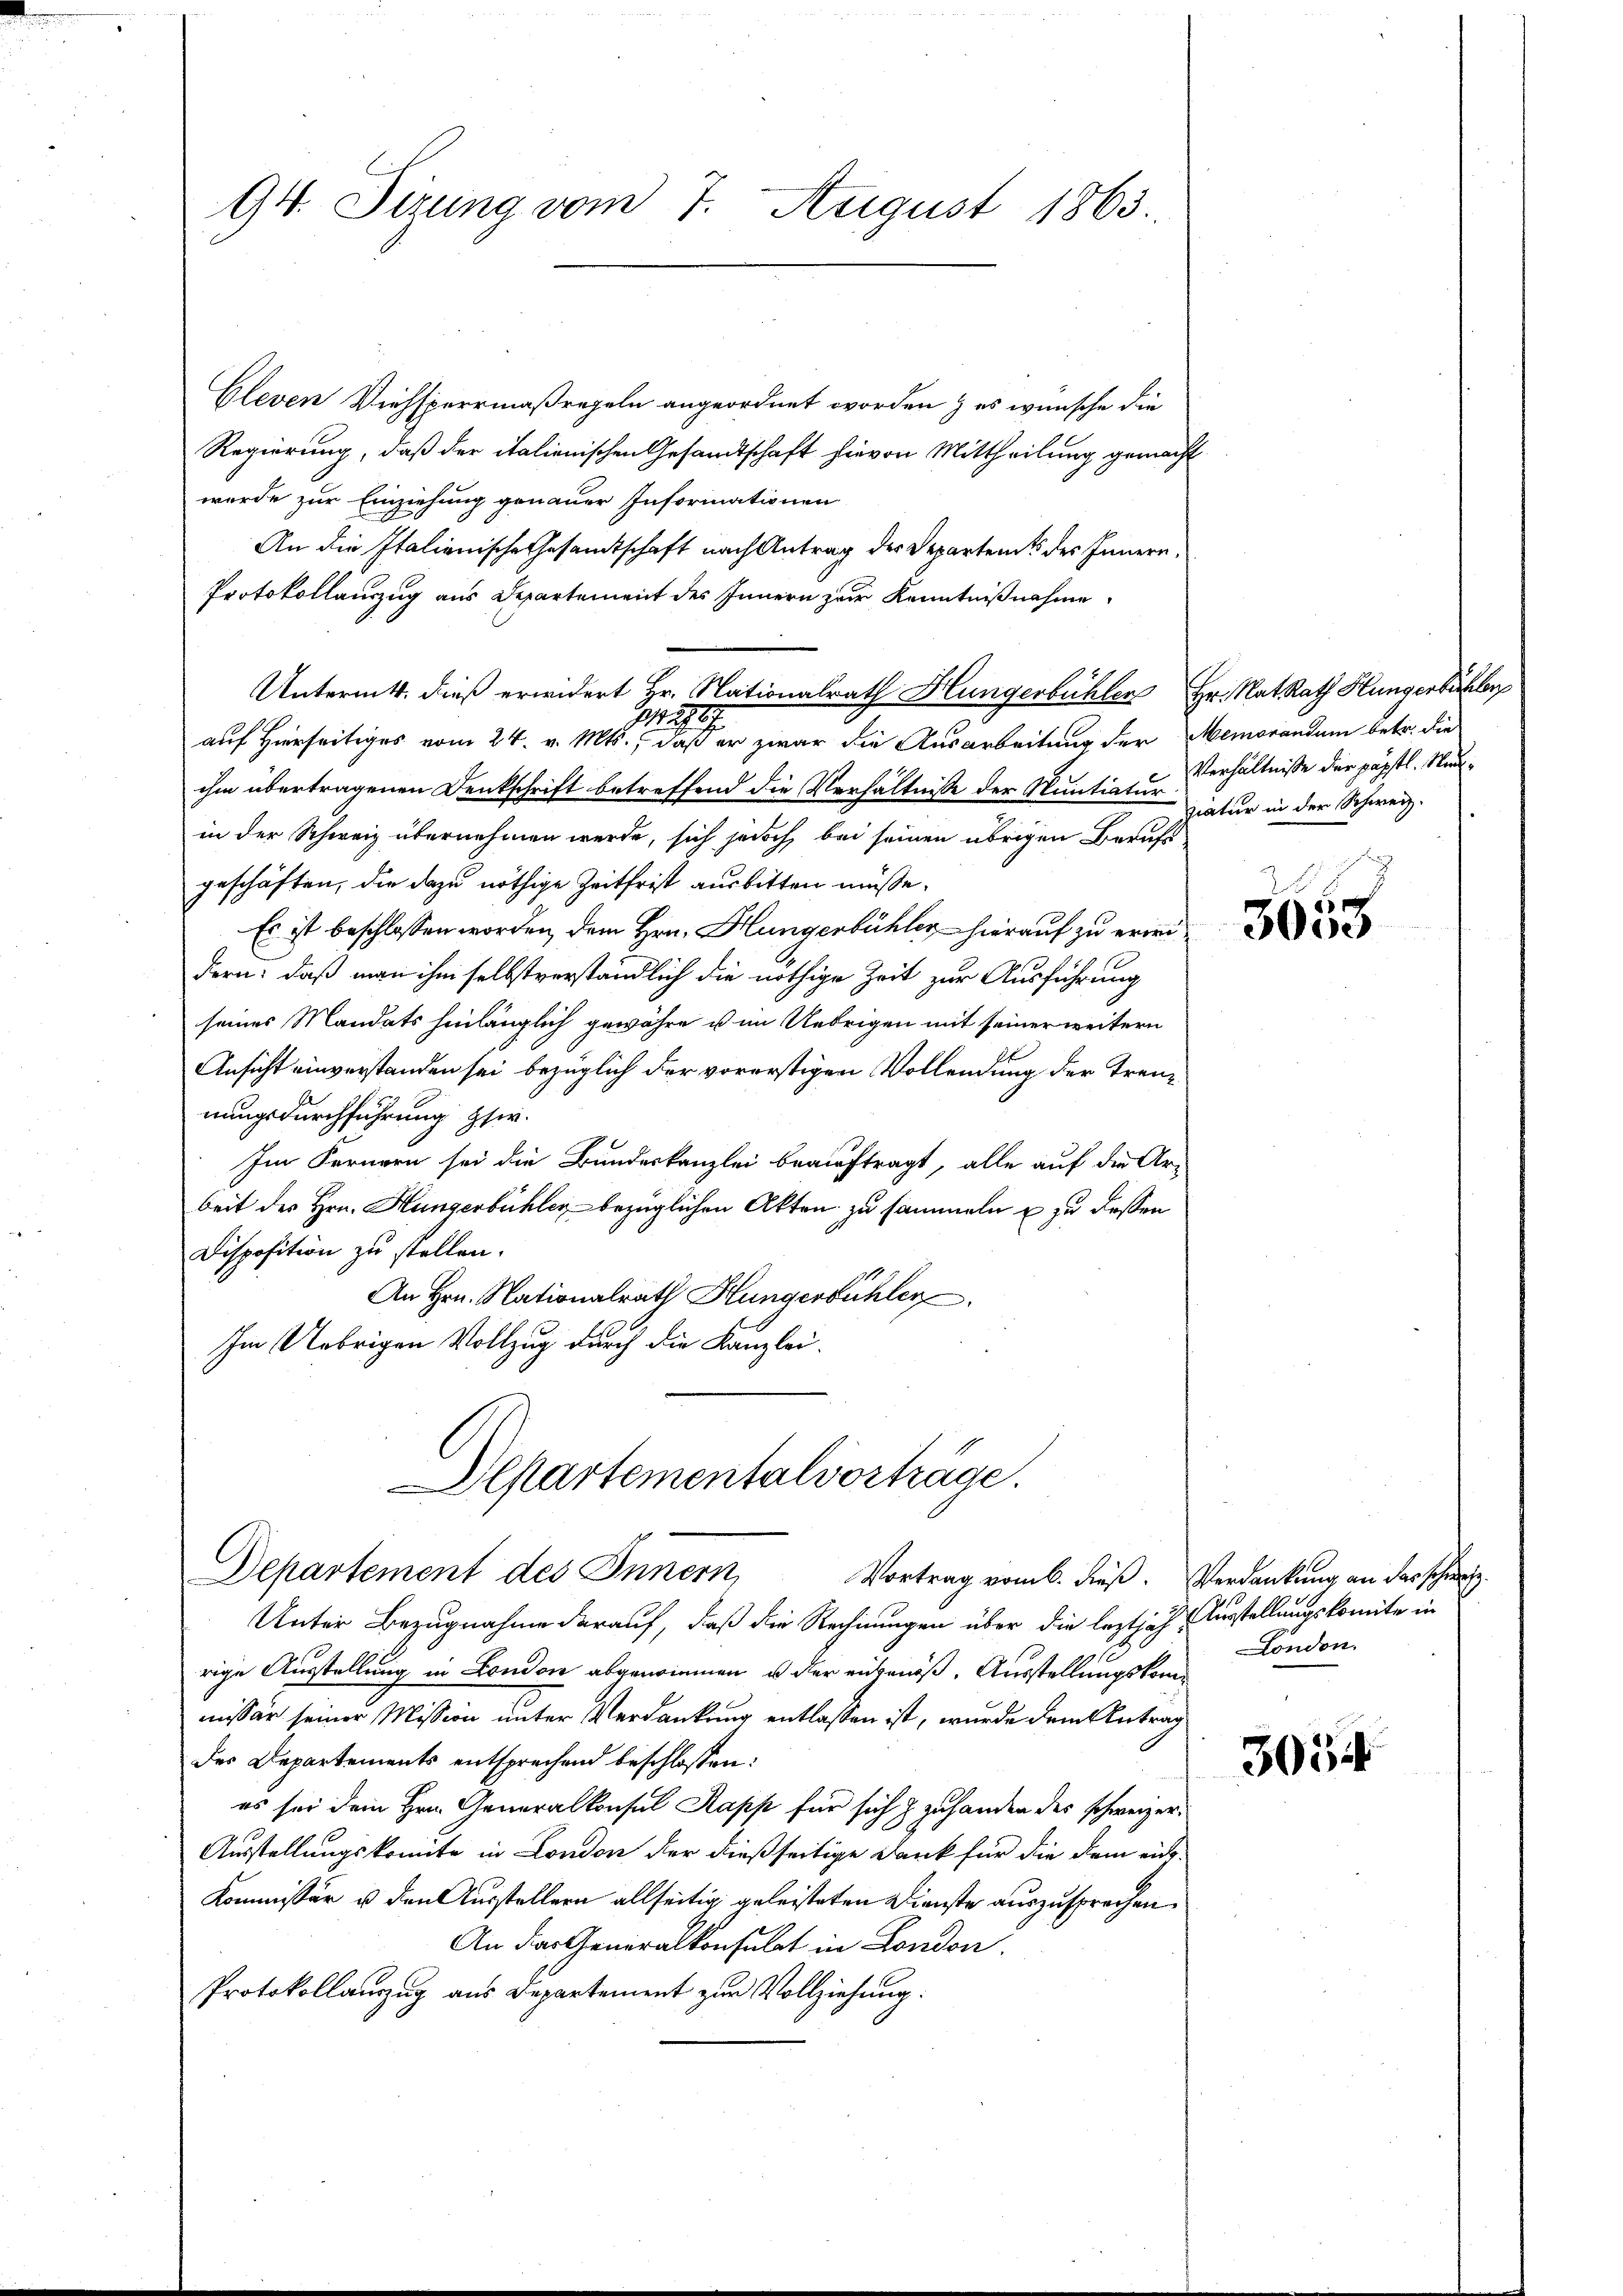
94. Sizung vom 7. August 1863.

Gleven Viehsperrmaßregeln angeordnet worden & es wünsche die
Regierung, daß der italienischen Gesandtschaft hievon Mittheilung gemacht
wurde zur Einziehung genauer Informationen
An die Italienische Gesamtschaft nach Antrag der Departeme des Innern,
Protokollauszug aus Departement des Innern zur Kenntnißnahme
Untermitt. dieß erwidert Hr. Nationalrath Hungerbühler Hr. Rat Rath Hungerbäckhler
1297
auf Hierseitiges vom 24. v. Mts., daß er zwar die Ausarbeitung der Memorandum betr. die
ihm übertragenen Denkschrift betreffend die Verhältnisse der Muntiatur
in der Schweiz übernehmen werde, sich jedoch bei seinen übrigen Berufs
geschäften, die dazu nöthige Zeitfrist ausbitten müsse.
Es ist beschlossen worden, dem Hrn. Hungerbühler hierauf zu erwidern: daß man ihm selbstverständlich die nöthige Zeit zur Ausführung
seines Mandats hinlänglich gewähre u im Uebrigen mit seiner weitern
Ansicht einverstanden sei bezüglich der vorerstigen Vollendung der Trennungsdurchführung ster.
Im Fernern sei die Bundeskanzlei beauftragt, alle auf die Ar-
beit des Hrn. Hungerbühler bezüglichen Akten zu sammeln u zu dessen
Disposition zu stellen.
An Hrn. Nationalrath Hungerbühler
Im Uebrigen Vollzug durch die Kanzlei.
Departementalvorträge.

Departement des Innern,

Unter Bezugnahme darauf, daß die Rechnungen über die leztjäh Ausstellungskomite in
rige Ausstellung in London abgewinnen u der eigenöß. Ausstellungskommissär seiner Mission unter Verdankung entlassen ist, wurde dem Antrag
des Departements entsprechend beschlossen:
es sei dem Hrn. Generalkonsul Kapp für sich & zuhanden des schweizer¬
Ausstellungskomite in London der dießseitige Dank für die dem eich¬
Kommissär u. den Ausstellern allseitig geleisteten Dienste auszusprechen.
An das Generalkonsulat in London
Protokollauszug aus Departement zur Vollziehung.

Vortrag vom 6. dieß. Verdankung an das schweiz.

Verhältnisse der päpstl. Nidziatur in der Schweiz.

3058

London.

3054